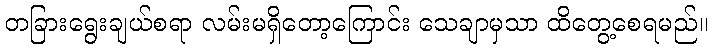
တခြားရွေးချယ်စရာ လမ်းမရှိတော့ကြောင်း သေချာမှသာ ထိတွေ့စေရမည်။